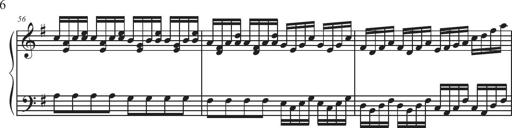
Title: Sonatina Espania
Composer: Jerald Franklin Archer
Key: Various